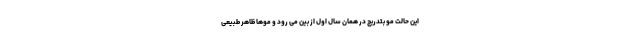
این حالت مو بتدریج در همان سال اول از بین می رود و موها ظاهر طبیعی